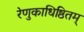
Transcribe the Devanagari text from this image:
रेणुकाधिष्ठितम्‌